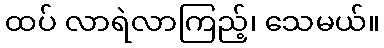
ထပ် လာရဲလာကြည့်၊ သေမယ်။